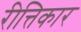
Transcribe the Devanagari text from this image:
रीत्तिकार